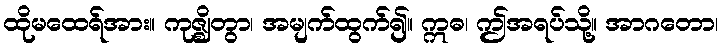
ထိုမထေရ်အား။ ကုဇ္ဈိတွာ၊ အမျက်ထွက်၍။ ဣဓ၊ ဤအရပ်သို့။ အာဂတော၊